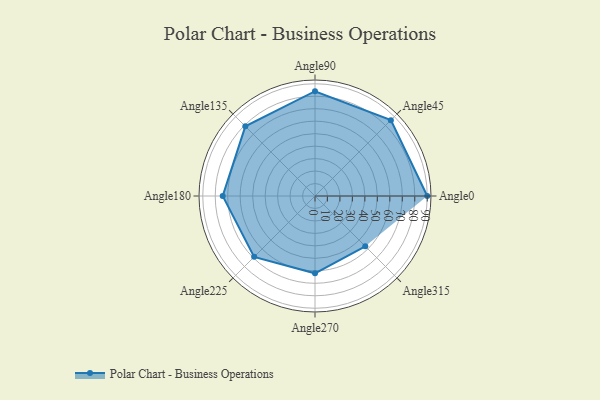
{"axis": {"x": "Angle", "y": "Radius"}, "legend": [""], "data": [{"x": "Angle0", "y": 90.0, "type": ""}, {"x": "Angle45", "y": 86.0, "type": ""}, {"x": "Angle90", "y": 84.0, "type": ""}, {"x": "Angle135", "y": 79.0, "type": ""}, {"x": "Angle180", "y": 74.0, "type": ""}, {"x": "Angle225", "y": 69.0, "type": ""}, {"x": "Angle270", "y": 62.0, "type": ""}, {"x": "Angle315", "y": 57.0, "type": ""}]}